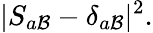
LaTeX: |S_{a\mathcal{B}}-\delta_{a\mathcal{B}}|^{2}.